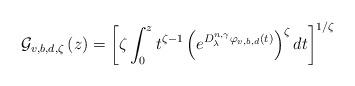
LaTeX: \begin{align*}\mathcal{G}_{v,b,d,\zeta }\left( z\right) =\left[ \zeta \int_{0}^{z}t^{\zeta-1}\left( e^{D_{\lambda }^{n,\gamma }\varphi _{v,b,d}(t)}\right) ^{\zeta }dt\right] ^{1/\zeta }\end{align*}